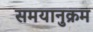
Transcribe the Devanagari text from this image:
समयानुक्रम